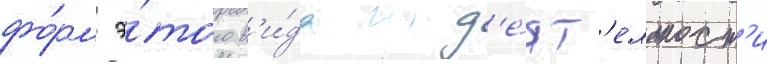
фо́рм э́того в'и́да д'е́ят'ельност'и